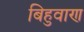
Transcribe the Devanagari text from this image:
बिहुवाण